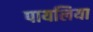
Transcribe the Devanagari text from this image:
पायलिया